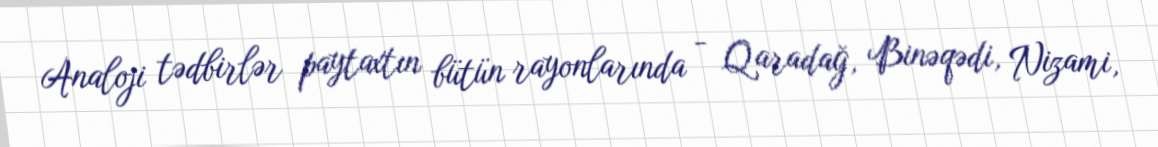
Analoji tədbirlər paytaxtın bütün rayonlarında - Qaradağ, Binəqədi, Nizami,